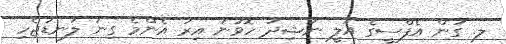
ލ. ގަން އެފްސީގެ އަލީ ނާޝިދު ހޮވުނު އިރު އެންމެ ގިނަ ލަނޑުޖެހި